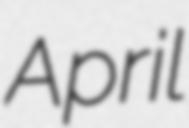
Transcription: April